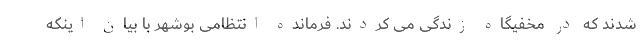
شدند که در مخفیگاه زندگی می کردند. فرمانده انتظامی بوشهر با بیان اینکه